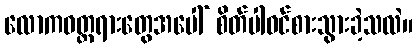
လောကဝတ္တရားတွေအပေါ် စိတ်ပါဝင်စားသွားခဲ့သလဲ။